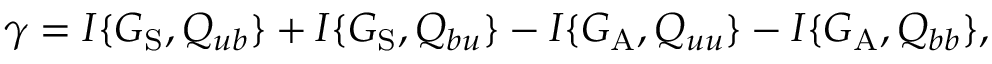
\gamma = I \{ { G _ { \mathrm { { S } } } , Q _ { u b } } \} + I \{ { G _ { \mathrm { { S } } } , Q _ { b u } } \} - I \{ { G _ { \mathrm { { A } } } , Q _ { u u } } \} - I \{ { G _ { \mathrm { { A } } } , Q _ { b b } } \} ,